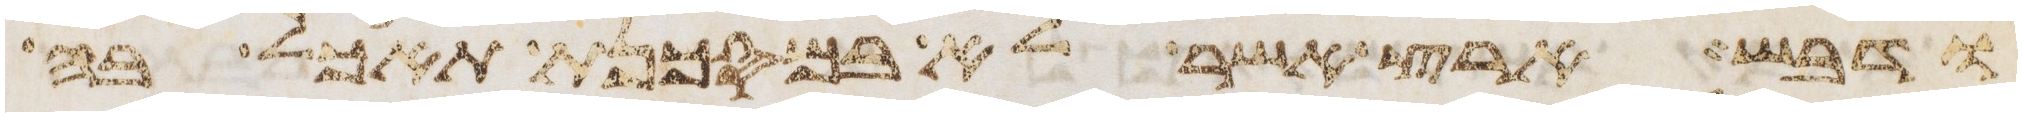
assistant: ודבש ארץ אשר לא במסכנת תאכל בה